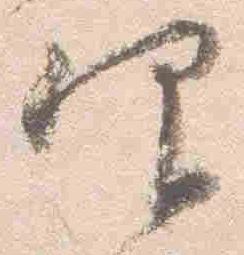
仰